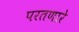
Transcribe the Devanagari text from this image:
परतणारे